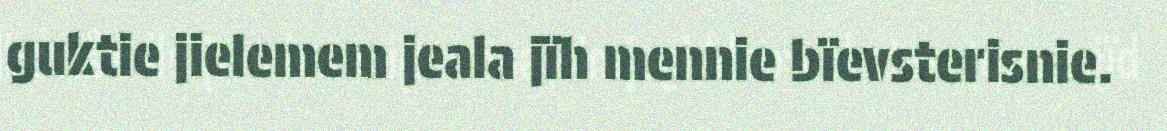
guktie jielemem jeala jïh mennie bïevsterisnie.